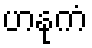
ဟနုကံ